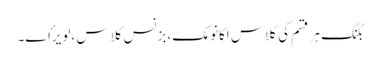
بکنگ ہر قسم کی کلاس اکانومک،بزنس کلاس ،لویرٴاے۔